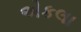
એકલા